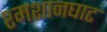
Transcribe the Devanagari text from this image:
श्मशानघाट